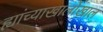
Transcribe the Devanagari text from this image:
ह्यांच्याखालोखाल